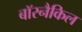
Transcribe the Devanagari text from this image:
बॉरनैकिल